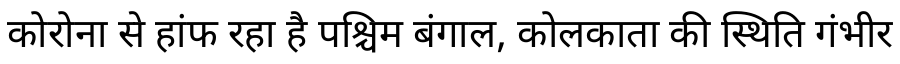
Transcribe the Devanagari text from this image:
कोरोना से हांफ रहा है पश्चिम बंगाल, कोलकाता की स्थिति गंभीर